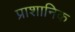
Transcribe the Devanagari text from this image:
प्राशानिक